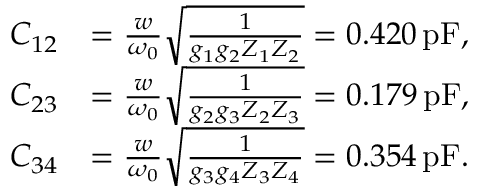
\begin{array} { r l } { C _ { 1 2 } } & { = \frac { w } { \omega _ { 0 } } \sqrt { \frac { 1 } { g _ { 1 } g _ { 2 } Z _ { 1 } Z _ { 2 } } } = 0 . 4 2 0 \, \mathrm { p F } , } \\ { C _ { 2 3 } } & { = \frac { w } { \omega _ { 0 } } \sqrt { \frac { 1 } { g _ { 2 } g _ { 3 } Z _ { 2 } Z _ { 3 } } } = 0 . 1 7 9 \, \mathrm { p F } , } \\ { C _ { 3 4 } } & { = \frac { w } { \omega _ { 0 } } \sqrt { \frac { 1 } { g _ { 3 } g _ { 4 } Z _ { 3 } Z _ { 4 } } } = 0 . 3 5 4 \, \mathrm { p F } . } \end{array}